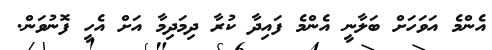
އެންމެ އަވަހަށް ބަލާނީ އެންމެ ފައިދާ ކުރާ ދިމަދިމާ އަށް އެހީ ފޮނުވަން.